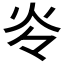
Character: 𰝹